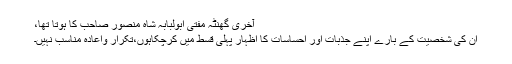
آخری گھنٹہ مفتی ابولبابہ شاہ منصور صاحب کا ہوتا تھا،
ان کی شخصیت کے بارے اپنے جذبات اور احساسات کا اظہار پہلی قسط میں کرچکاہوں،تکرار واعادہ مناسب نہیں۔